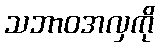
သဘာဝအလှကို